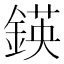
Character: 鍈